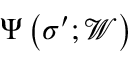
\Psi \left( \boldsymbol { \sigma } ^ { \prime } ; \mathcal { W } \right)